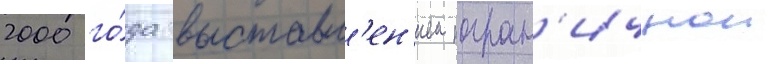
2000 го́да выставл'ен'ием погран'ичнои